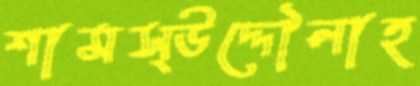
শামস্উদ্দৌলাহ